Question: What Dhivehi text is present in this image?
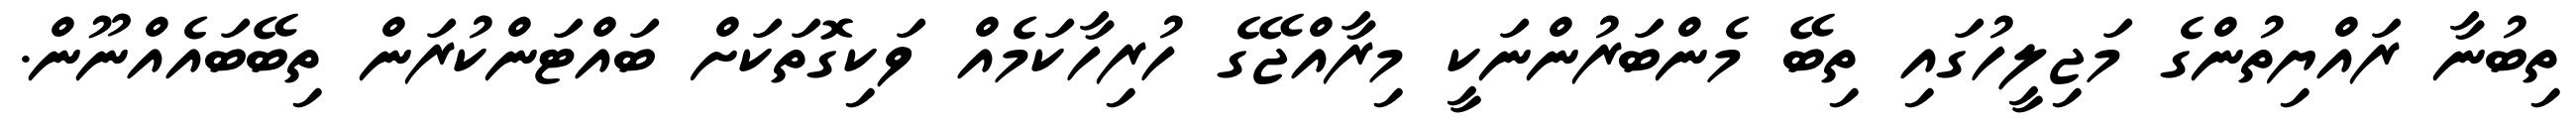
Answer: ތިބުނާ ރައްޔިތުންގެ މަޖިލީހުގައި ތިބޭ މެންބަރުންނަކީ މިރާއްޖޭގެ ހުރިހާކަމެއް ވަކިގޮތަކަށް ބައްޓަންކުރަން ތިބޭބައެއްނޫން.